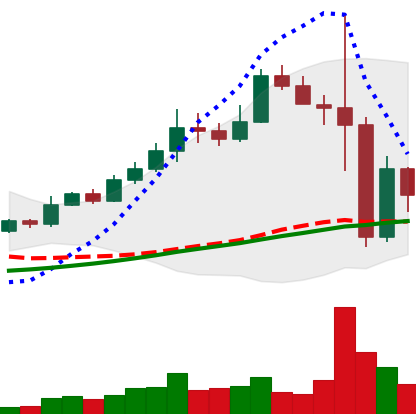
Ticker: BNB-USD
Chart end date: 2022-11-11
Forward return: -6.121%
Label: down_5_7